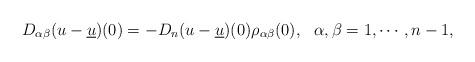
LaTeX: \begin{align*} D_{\alpha\beta}(u-\underline u)(0)=-D_n(u-\underline u)(0)\rho_{\alpha\beta}(0), \ \ \alpha,\beta=1,\cdots,n-1, \end{align*}